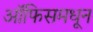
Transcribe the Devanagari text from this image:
ऑफिसमधून